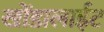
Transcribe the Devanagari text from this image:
खोंडालाईट